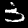
Label: 3